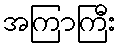
အကြာကြီး